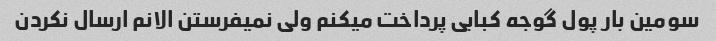
سومین بار پول گوجه کبابی پرداخت میکنم ولی نمیفرستن الانم ارسال نکردن